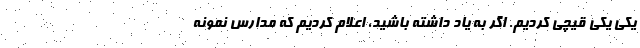
یکی یکی قیچی کردیم. اگر به یاد داشته باشید، اعلام کردیم که مدارس نمونه